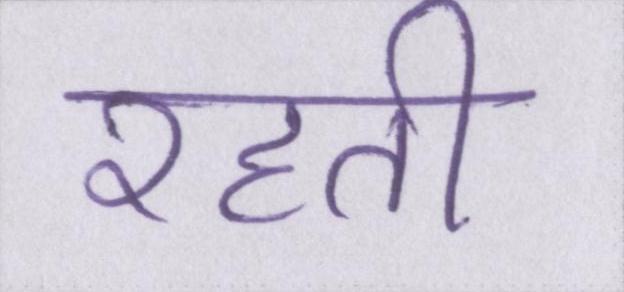
रहती